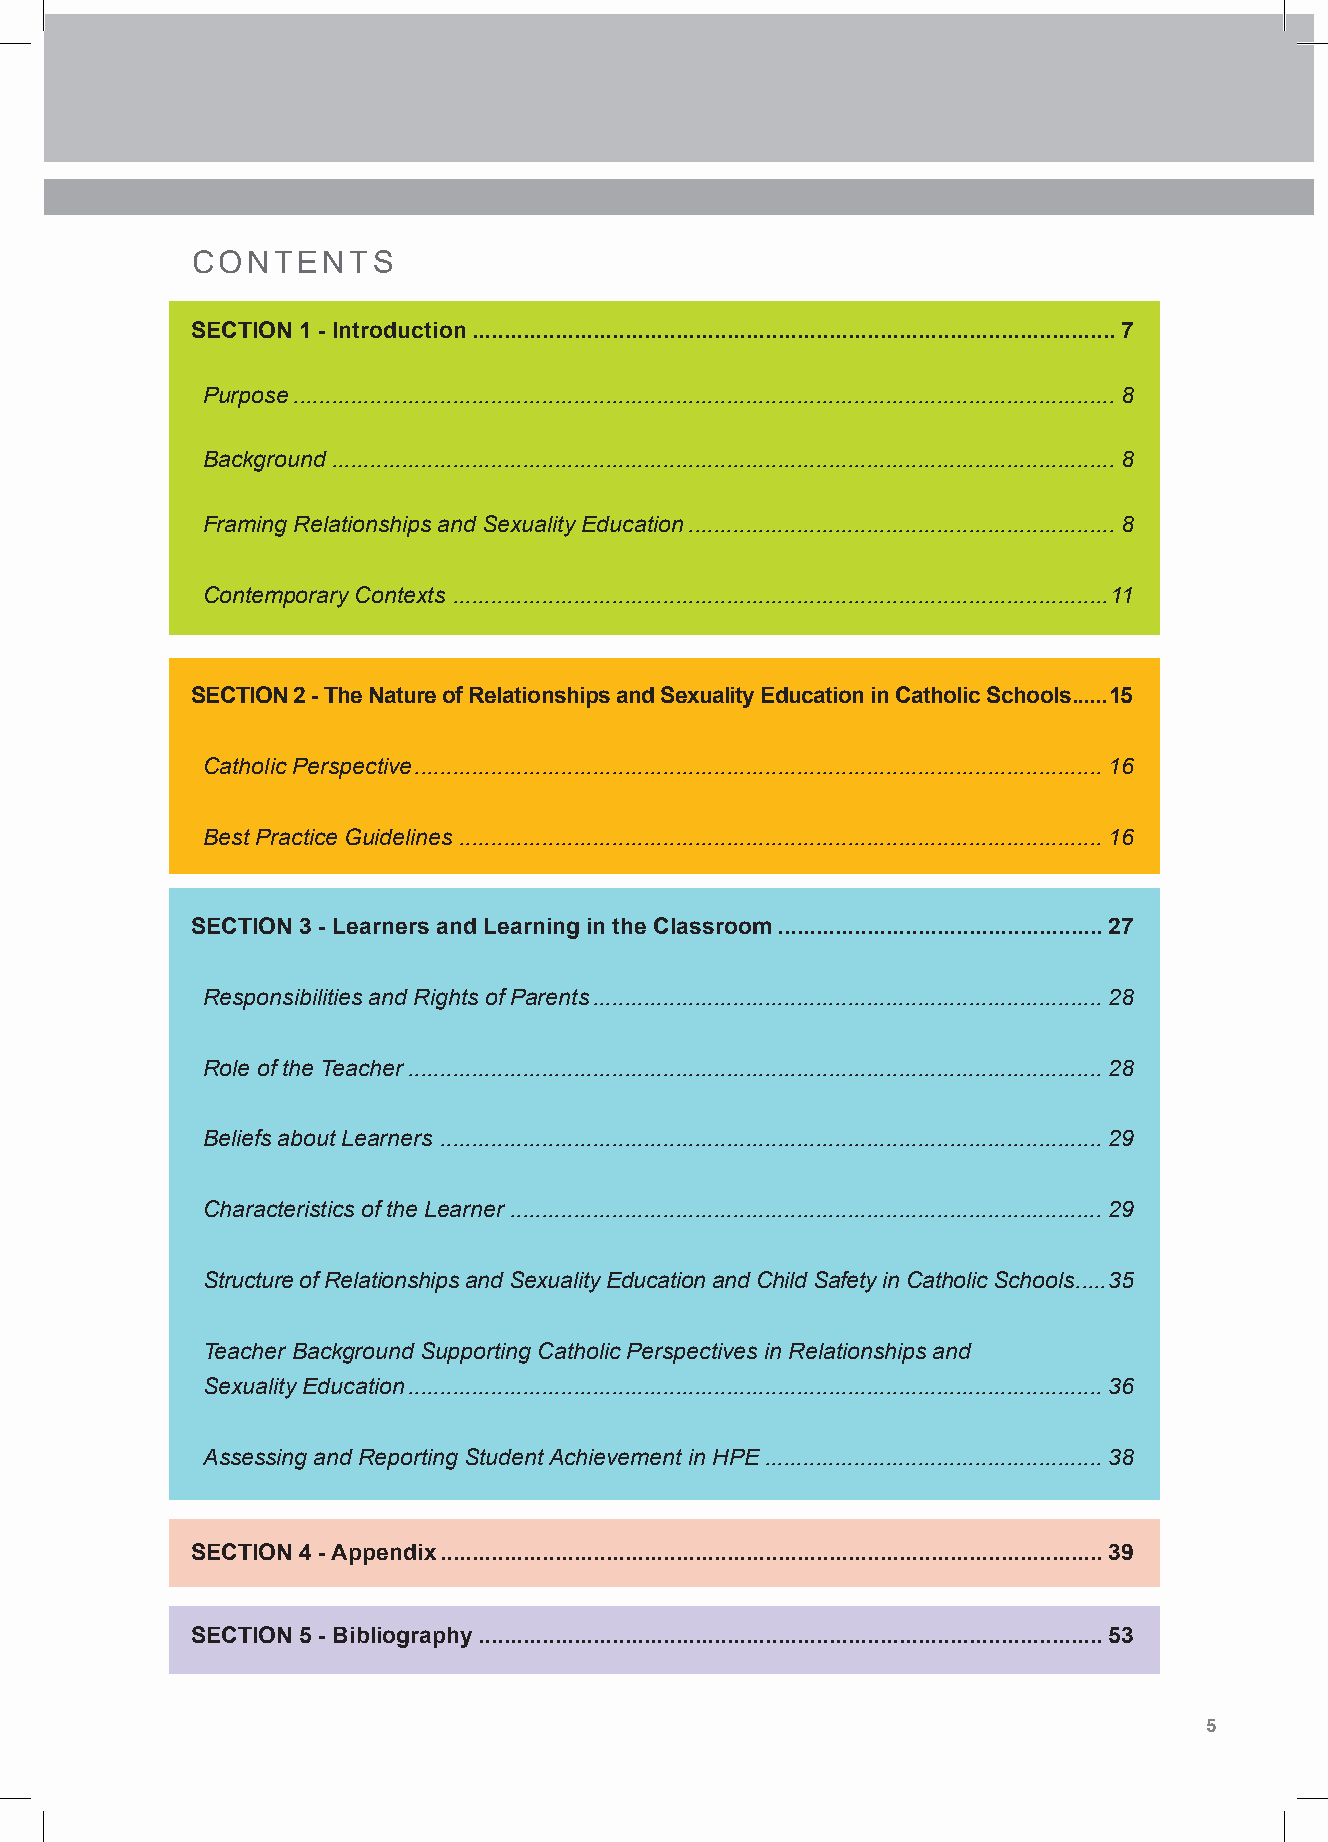
CONTENTS
 SECTION 1 - Introduction .....................................................................................................7
 Purpose .................................................................................................................................8
 Background ...........................................................................................................................8
 Framing Relationships and Sexuality Education ...................................................................8
 Contemporary Contexts .......................................................................................................11
 SECTION 2 - The Nature of Relationships and Sexuality Education in Catholic Schools ......15
 Catholic Perspective ............................................................................................................16
 Best Practice Guidelines .....................................................................................................16
 SECTION 3 - Learners and Learning in the Classroom ...................................................27
 Responsibilities and Rights of Parents ................................................................................28
 Role of the Teacher .............................................................................................................28
 Beliefs about Learners ........................................................................................................29
 Characteristics of the Learner .............................................................................................29
 Structure of Relationships and Sexuality Education and Child Safety in Catholic Schools .....35
 Teacher Background Supporting Catholic Perspectives in Relationships and
 Sexuality Education .............................................................................................................36
 Assessing and Reporting Student Achievement in HPE .....................................................38
 SECTION 4 - Appendix ........................................................................................................39
 SECTION 5 - Bibliography ..................................................................................................53
 4 Shape Paper - A Catholic Perspective on Relationships and Sexuality Education - Australian Curriculum: Health and Physical Education 5